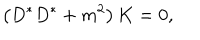
\left( D ^ { * } D ^ { * } + m ^ { 2 } \right) K = 0 ,